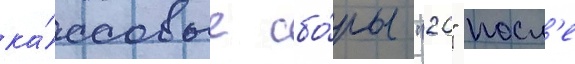
ка́ссовые сбо́ры "20" посл'е